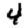
Digit: 4